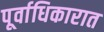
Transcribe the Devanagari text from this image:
पूर्वाधिकारात